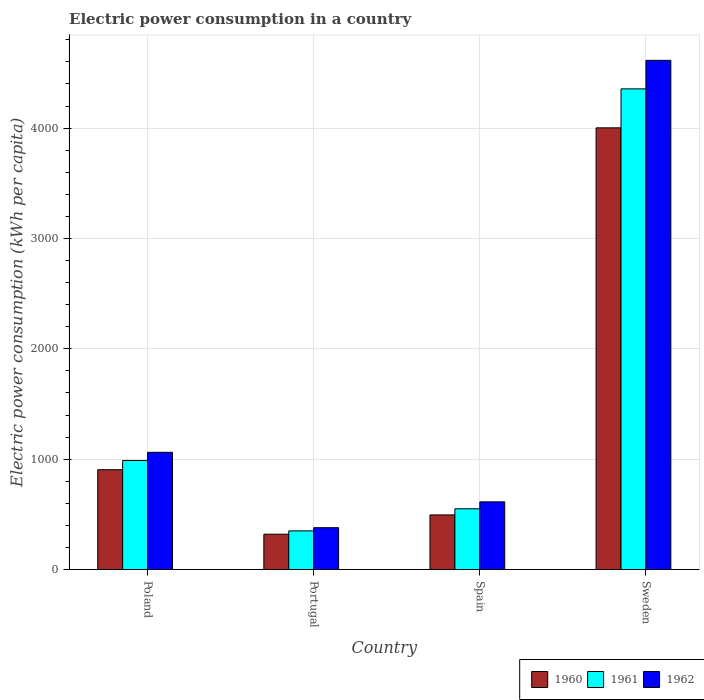
| Country | 1960 | 1961 | 1962 |
 | --- | --- | --- | --- |
 | Poland | 905 | 988 | 1.06e+03 |
 | Portugal | 320 | 350 | 379 |
 | Spain | 495 | 550 | 613 |
 | Sweden | 4e+03 | 4.36e+03 | 4.61e+03 |